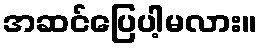
အဆင်ပြေပါ့မလား။